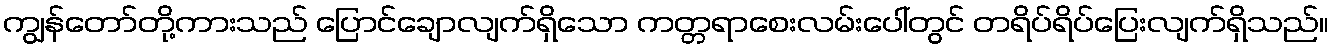
ကျွန်တော်တို့ကားသည် ပြောင်ချောလျက်ရှိသော ကတ္တရာစေးလမ်းပေါ်တွင် တရိပ်ရိပ်ပြေးလျက်ရှိသည်။